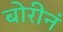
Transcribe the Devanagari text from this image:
बोरीनं